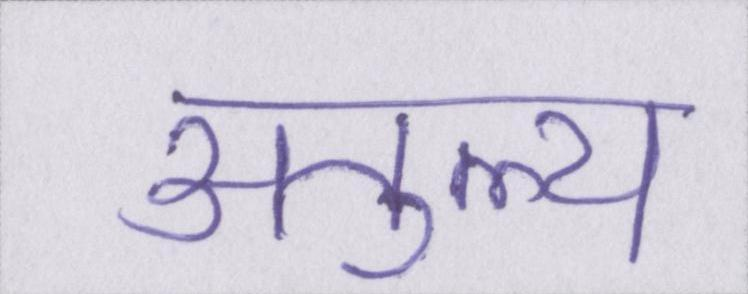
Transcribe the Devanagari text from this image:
अतुल्य